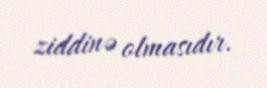
ziddinə olmasıdır.